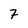
Character: 7